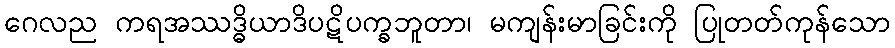
ဂေလည ကရအဿဒ္ဓိယာဒိပဋိပက္ခဘူတာ၊ မကျန်းမာခြင်းကို ပြုတတ်ကုန်သော